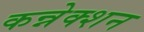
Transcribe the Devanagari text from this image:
कन्नेक्शन